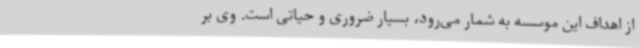
از اهداف این موسسه به شمار می‌رود، بسیار ضروری و حیاتی است. وی بر